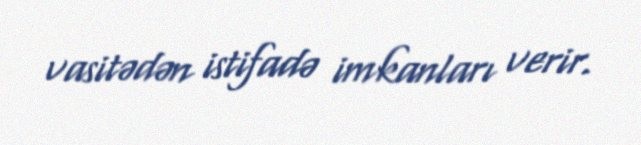
vasitədən istifadə imkanları verir.